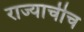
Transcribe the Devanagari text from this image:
राज्याचीच